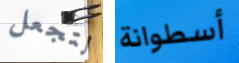
لتجعل أسطوانة